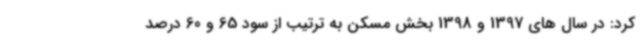
کرد: در سال های 1397 و 1398 بخش مسکن به ترتیب از سود 65 و 60 درصد